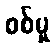
စစ်မှု